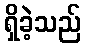
ရှိခဲ့သည်